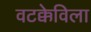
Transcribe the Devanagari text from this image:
वटक्केविला